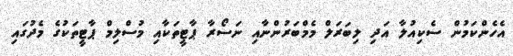
އެހެންކަމުން ސެކިއުލާ އަދި ލިބަރަލް މެމްބަރުންނާއި ނަސޯރާ ޕާޓީތަކާއި މުސްލިމް ޕާޓީތަކުގެ މެދުގައި